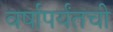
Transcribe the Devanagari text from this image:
वर्षांपर्यंतची